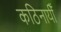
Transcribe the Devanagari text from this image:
कठिनायीँ